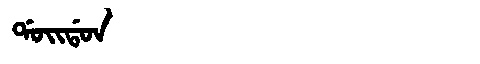
Manchu: ᡩᠣᡳᡩᠣᠨ
Romanization: DOIDON